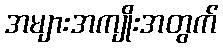
အများအကျိုးအတွက်